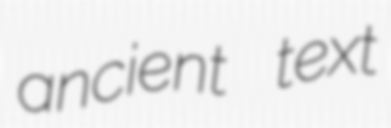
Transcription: ancient text